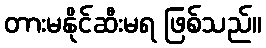
တားမနိုင်ဆီးမရ ဖြစ်သည်။